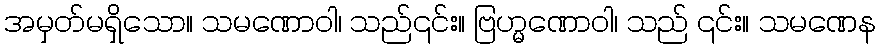
အမှတ်မရှိသော။ သမဏောဝါ၊ သည်၎င်း။ ဗြဟ္မဏောဝါ၊ သည် ၎င်း။ သမဏေန